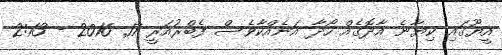
އީޔޫގައި ކިޔާނެ އާދޮގެއް ހޯދާ އަނެއްކާވެސް ފެބްރުއަރީ 17